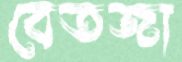
বেতজা